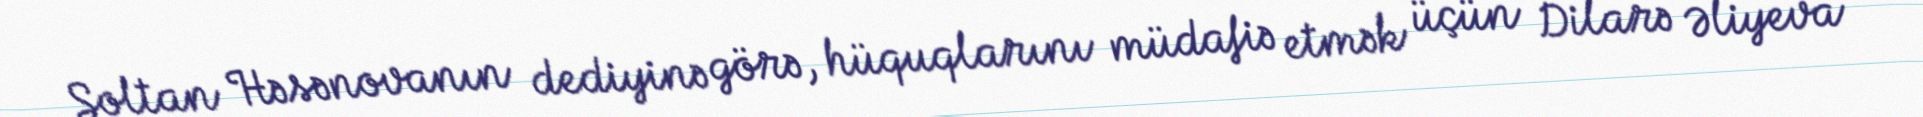
Soltan Həsənovanın dediyinə görə, hüquqlarını müdafiə etmək üçün Dilarə Əliyeva